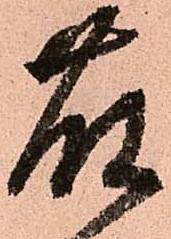
藤